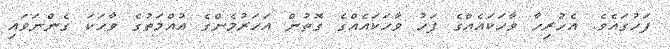
ފަހުގައެވެ. އެހުރިހާ ވާހަކައެއްގެ ފަހު ވާހަކައެއްގެ ގޮތުން އަހަރުމެންގެ އުއްމަތުގެ ވާހަކަ ގެންނަވައި